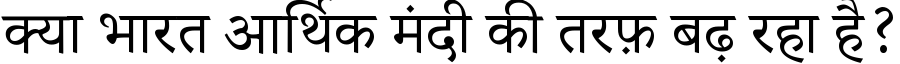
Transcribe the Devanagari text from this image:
क्या भारत आर्थिक मंदी की तरफ़ बढ़ रहा है?